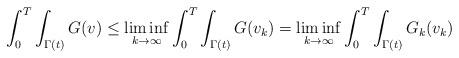
LaTeX: \begin{align*}\int_0^T \int_{\Gamma(t)}G(v) &\leq \liminf_{k \to \infty} \int_0^T \int_{\Gamma(t)}G(v_k) = \liminf_{k \to \infty} \int_0^T \int_{\Gamma(t)}G_k(v_k)\end{align*}